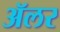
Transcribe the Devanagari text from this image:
ॲलर